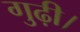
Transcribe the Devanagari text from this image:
गुढ़ी।